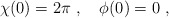
\begin{align*}\chi(0)=2\pi \ , \quad \phi(0)=0\ , \end{align*}